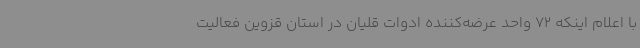
با اعلام اینکه 72 واحد عرضه‌کننده ادوات قلیان در استان قزوین فعالیت